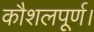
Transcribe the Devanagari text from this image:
कौशलपूर्ण।